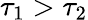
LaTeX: \tau_{1}>\tau_{2}